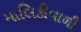
માલિકીવાળી